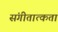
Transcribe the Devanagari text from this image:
संगीतात्कता